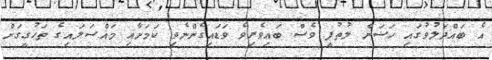
އެ ބައްދަލުވުގައި ހަސަން ލުތުފީ ވެސް ބައިވެރިވެ ވަޑައިގެންނެވި ކަމަށާއި މައްސަލައިގެ ތަހުގީގަށް